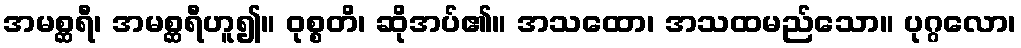
အမစ္ဆရီ၊ အမစ္ဆရီဟူ၍။ ဝုစ္စတိ၊ ဆိုအပ်၏။ အသထော၊ အသထမည်သော။ ပုဂ္ဂလော၊